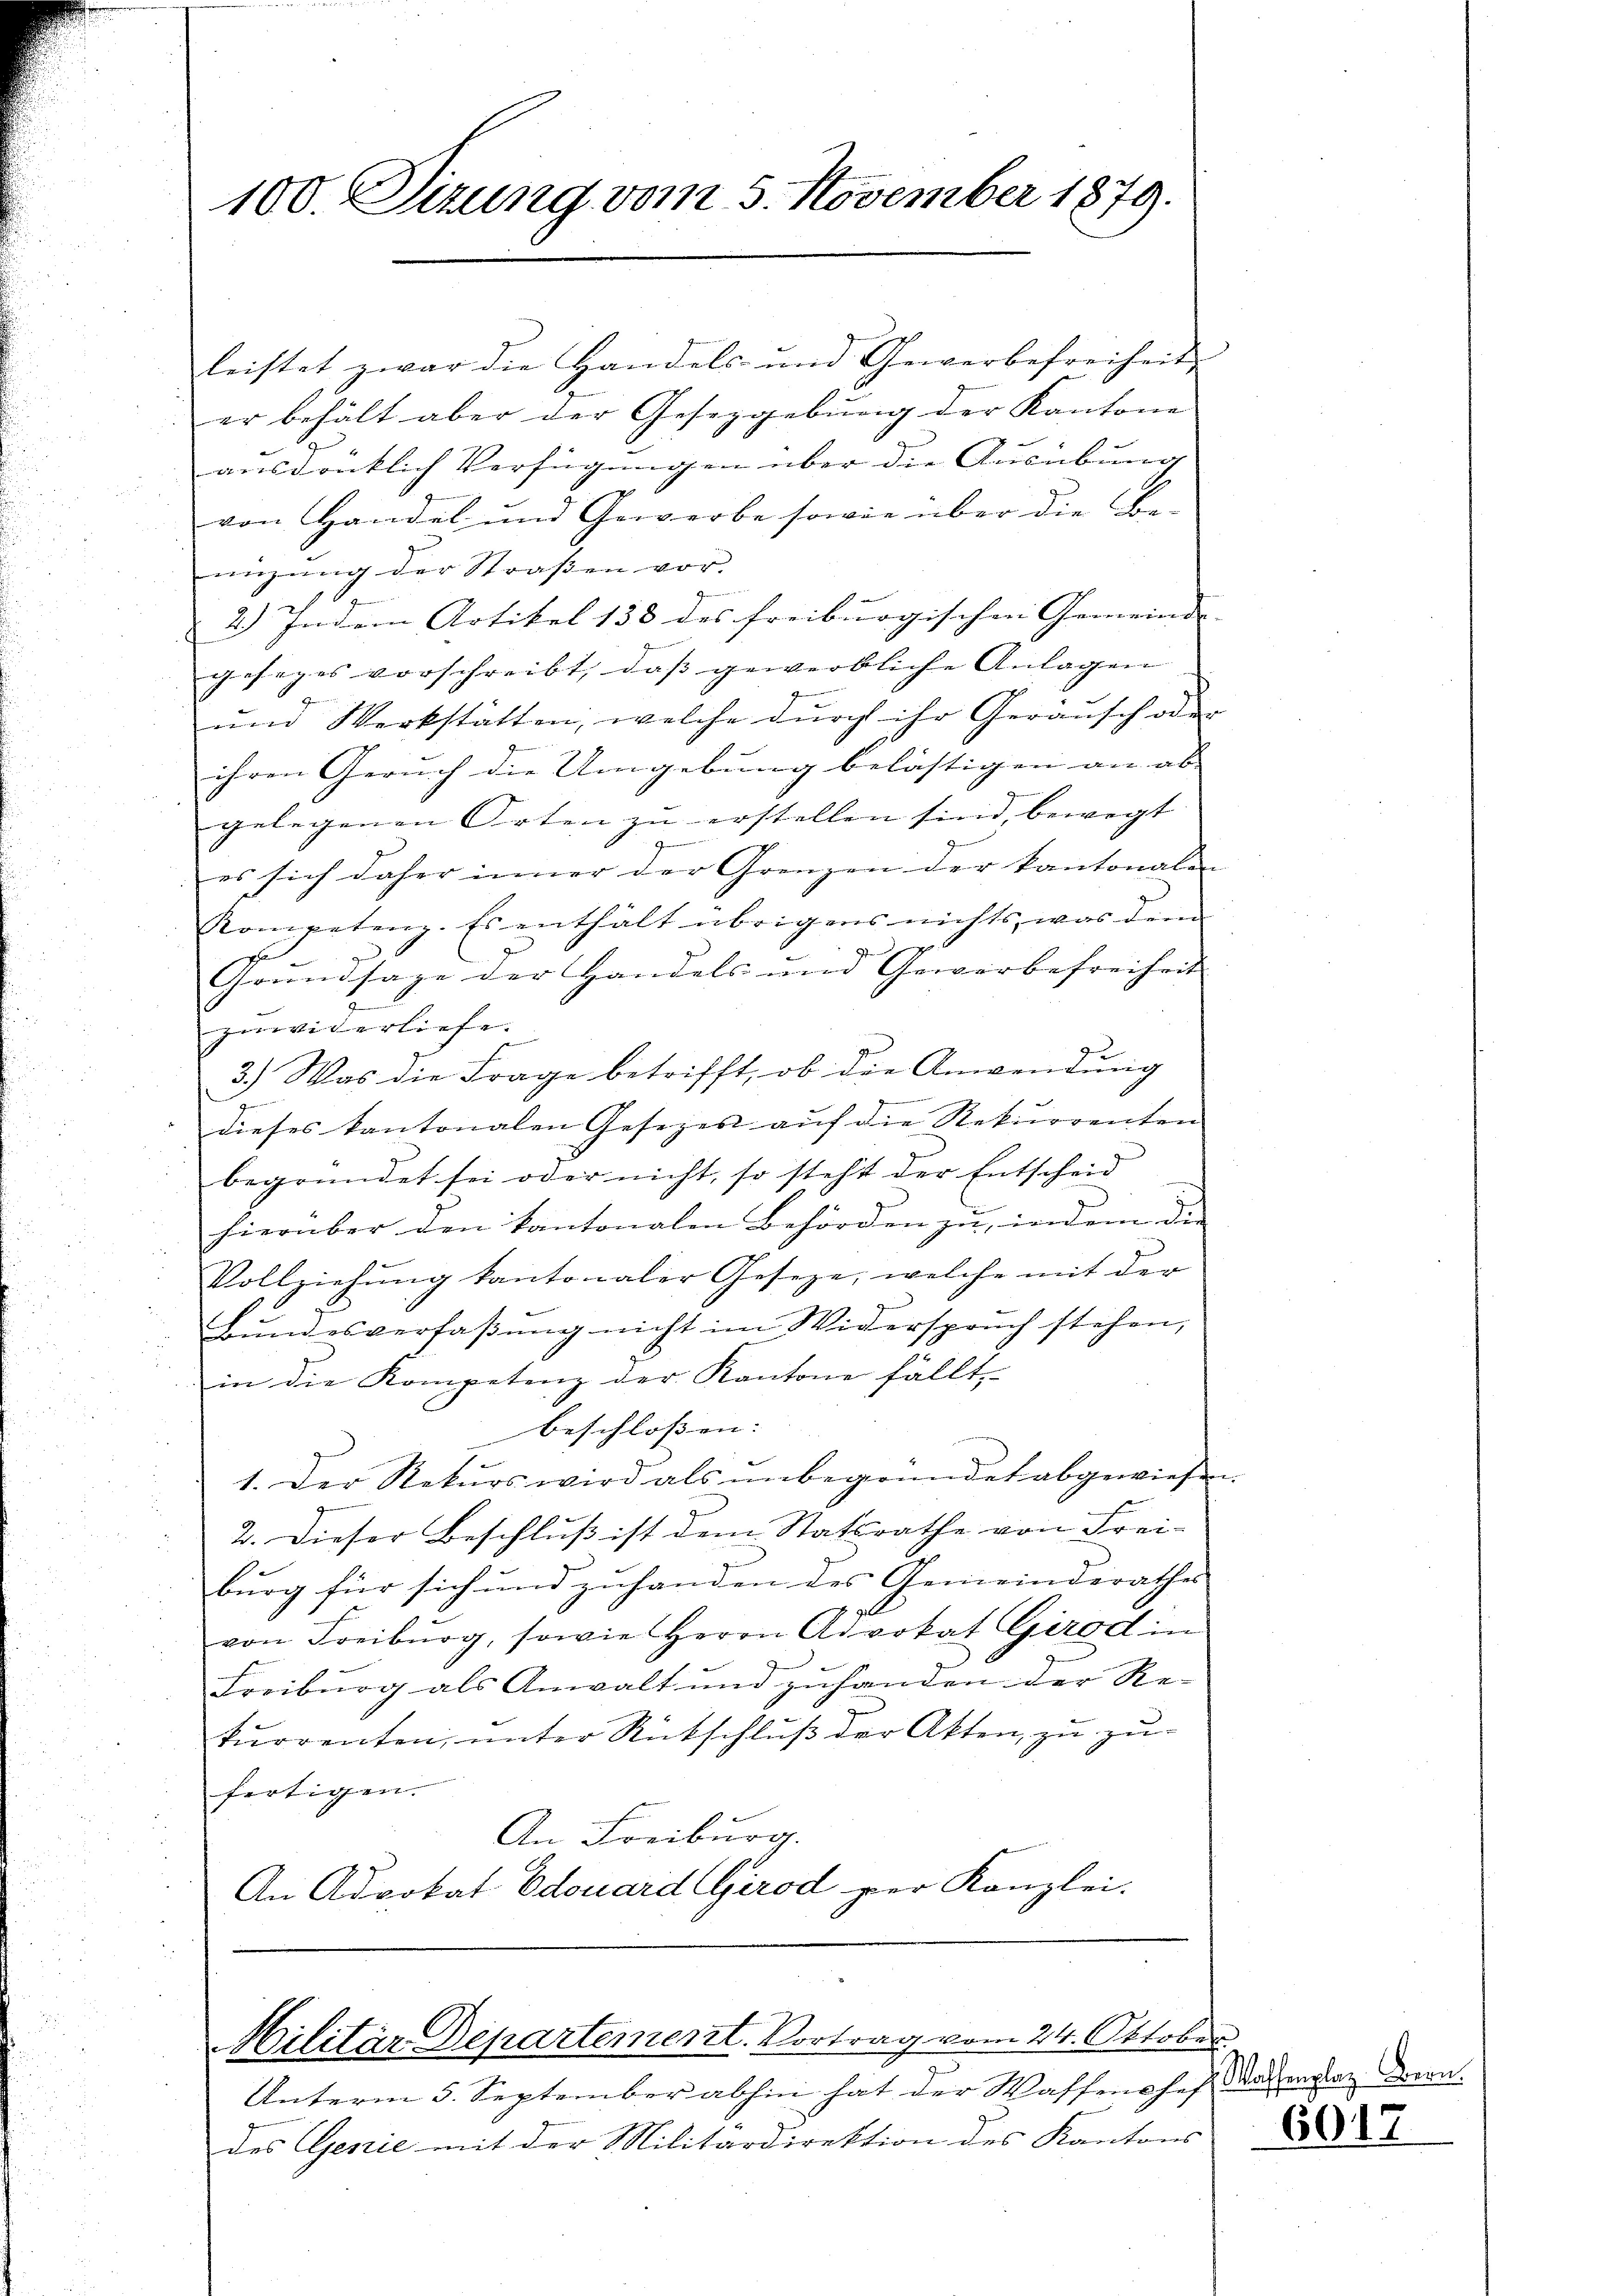
100. Sizung vom 3. November 1879.

leistet zwar die Handels und Gewerbefreiheit
er behält aber der Gesezgebung der Kantone
ausdrüklich Verfügungen über die Ausübung
von Handel und Gewerbe sowie über die Beeizŭng der Straβen vor.
2.) In dem Artikel 138 des freiburgischen Gemeinde- |
gesages vorschreibt, dass gewerbliche Anlagen |
z
ŭnd Werkstätten, welche dŭrch ihr Geräŭsch oder
ihren Geruch die Umgebung belästigen an ab-
gelegenen Orten zu erstellen sind, bewegt
.
es sich daher inner der Grenzen der kantonalen
Kompetenz. Es enthält übrigens nichts, was dem
d
g
Grundsaze der Handels um Gewerbefreiheit
zuwiderliefe.
3.) Was die Frage betrifft, ob die Anwendung
dieses kantonalen Gesezes auf die Rekurrenten
begründet sei oder nicht, so steht der Entscheid
hierüber den kantonalen Behörden zu, indem die
Vollziehung kantonaler Geseze, welche mit der
h
Bundesverfaßung nicht im Widerspruch stehen,
in die Kompetenz der Kantone fällt
beschlossen. |
1. Der Rekurs wird als unbegründet abgewiesen
2. Dieser Beschluß ist dem Statsrathe von Frei-
burg für sich und zuhanden des Gemeinderathes
von Freiburg, sowie Herrn Advokat Girod in
Freiburg als Anwalt und zuhanden der Re-
kurrenten, unter Rückschluß der Akten, zu zufertigen.
An Freiburg.
An Advokat Edouard Girod per Kanzlei.

Militär-Departement. Vortrag vom 24. Oktober

Unterm 5. September abhin hat der Wassenchef Materstag dern
des Genie mit der Militärdirektion des Kantons

e

6017